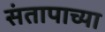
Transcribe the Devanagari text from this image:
संतापाच्या